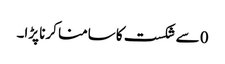
0 سے شکست کا سامنا کرنا پڑا۔